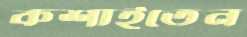
কশাইতেন